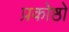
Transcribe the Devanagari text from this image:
प्रकोष्ठो